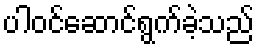
ပါဝင်ဆောင်ရွက်ခဲ့သည်